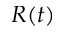
R ( t )